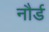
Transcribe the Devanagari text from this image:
नौर्ड